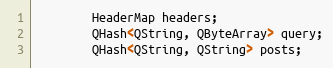
Language: C
        HeaderMap headers;
        QHash<QString, QByteArray> query;
        QHash<QString, QString> posts;